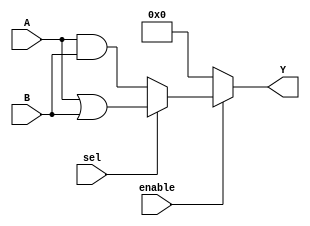
module combinational_logic_block (
    input wire [3:0] A,          // 4-bit input signal A
    input wire [3:0] B,          // 4-bit input signal B
    input wire sel,              // Control signal for multiplexer
    input wire enable,           // Enable signal for the LAB
    output wire [3:0] Y          // 4-bit output signal Y
);

// Internal signals
wire [3:0] and_out;            // AND gate output
wire [3:0] or_out;             // OR gate output
wire [3:0] not_out;            // NOT gate output
wire [3:0] mux_out;            // MUX output

// Combinational logic gates
assign and_out = A & B;        // AND operation
assign or_out = A | B;         // OR operation
assign not_out = ~A;           // NOT operation

// Multiplexer to select between AND and OR outputs based on 'sel'
assign mux_out = (sel) ? or_out : and_out;

// Output logic with enable control
assign Y = enable ? mux_out : 4'b0000; // Outputs 0 if not enabled

endmodule